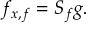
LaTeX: f _ { x , f } = S _ { f } g .